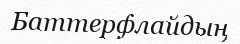
Баттерфлайдың